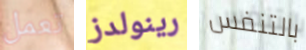
تعمل رينولدز بالتنفس